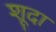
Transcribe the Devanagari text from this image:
शूदा